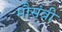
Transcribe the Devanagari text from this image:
मौसंबी